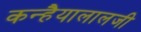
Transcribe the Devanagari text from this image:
कन्हैयालालजी